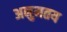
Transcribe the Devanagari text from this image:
अनुमतय